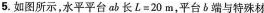
5.如图所示，水平平台ab长$$L = 2 0 m$$，平台b端与特殊材